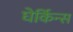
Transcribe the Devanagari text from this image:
घेर्किन्स